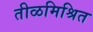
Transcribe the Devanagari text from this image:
तीळमिश्रित